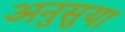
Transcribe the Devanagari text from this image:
अनुसुया